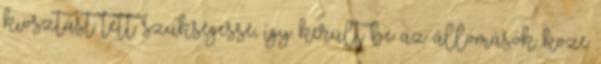
kiosztást tett szükségessé, így került be az állomások közé